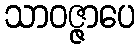
သာဝဇ္ဇာပေ